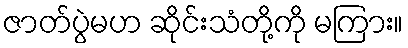
ဇာတ်ပွဲမဟ ဆိုင်းသံတို့ကို မကြား။